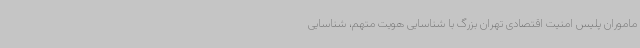
ماموران پلیس امنیت اقتصادی تهران بزرگ با شناسایی هویت متهم، شناسایی